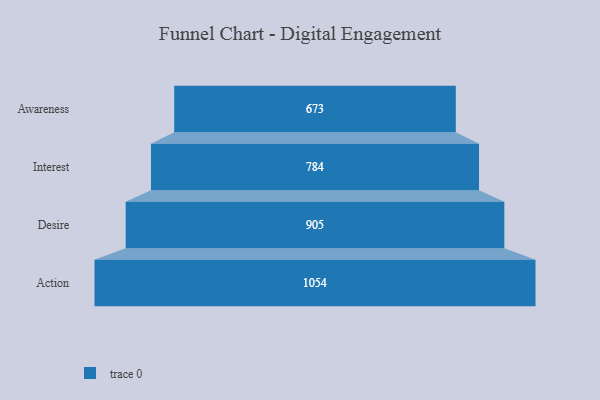
{"axis": {"x": "Stage", "y": "Value"}, "legend": [""], "data": [{"x": "Awareness", "y": 673.0, "type": ""}, {"x": "Interest", "y": 784.0, "type": ""}, {"x": "Desire", "y": 905.0, "type": ""}, {"x": "Action", "y": 1054.0, "type": ""}]}